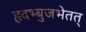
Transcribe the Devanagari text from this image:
हृदभ्बुजभेतत्